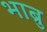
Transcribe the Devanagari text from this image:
भाब्रु